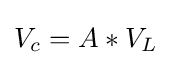
V_{c}=A*V_{L}